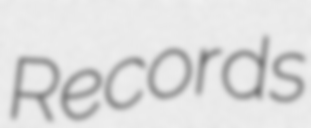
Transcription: Records